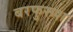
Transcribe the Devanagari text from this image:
बरफुरूश